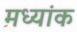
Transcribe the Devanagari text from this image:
मध्यांक